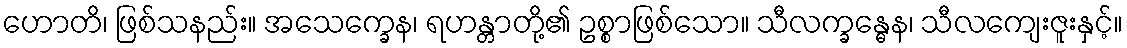
ဟောတိ၊ ဖြစ်သနည်း။ အသေက္ခေန၊ ရဟန္တာတို့၏ ဥစ္စာဖြစ်သော။ သီလက္ခန္ဓေန၊ သီလကျေးဇူးနှင့်။